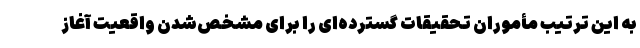
به این ترتیب مأموران تحقیقات گسترده‌ای را برای مشخص‌شدن واقعیت آغاز